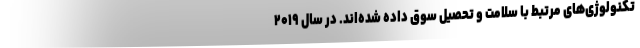
تکنولوژی‌های مرتبط با سلامت و تحصیل سوق داده شده‌اند. در سال ۲۰۱۹